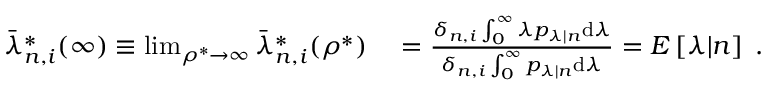
\begin{array} { r l } { \bar { \lambda } _ { n , i } ^ { * } ( \infty ) \equiv \operatorname* { l i m } _ { \rho ^ { * } \to \infty } \bar { \lambda } _ { n , i } ^ { * } ( \rho ^ { * } ) } & { { } = \frac { \delta _ { n , i } \int _ { 0 } ^ { \infty } \lambda p _ { \lambda | n } \mathrm { d } \lambda } { \delta _ { n , i } \int _ { 0 } ^ { \infty } p _ { \lambda | n } \mathrm { d } \lambda } = E \left[ \lambda | n \right] \; . } \end{array}